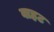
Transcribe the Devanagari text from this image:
वाहट